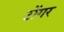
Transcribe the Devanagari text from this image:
टोंगर